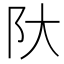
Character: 𫔺